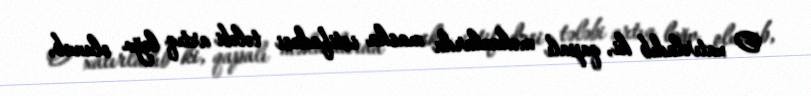
O xatırladıb ki, qapalı məkanlarda maska istifadəsi tələbi artıq ləğv olunub,